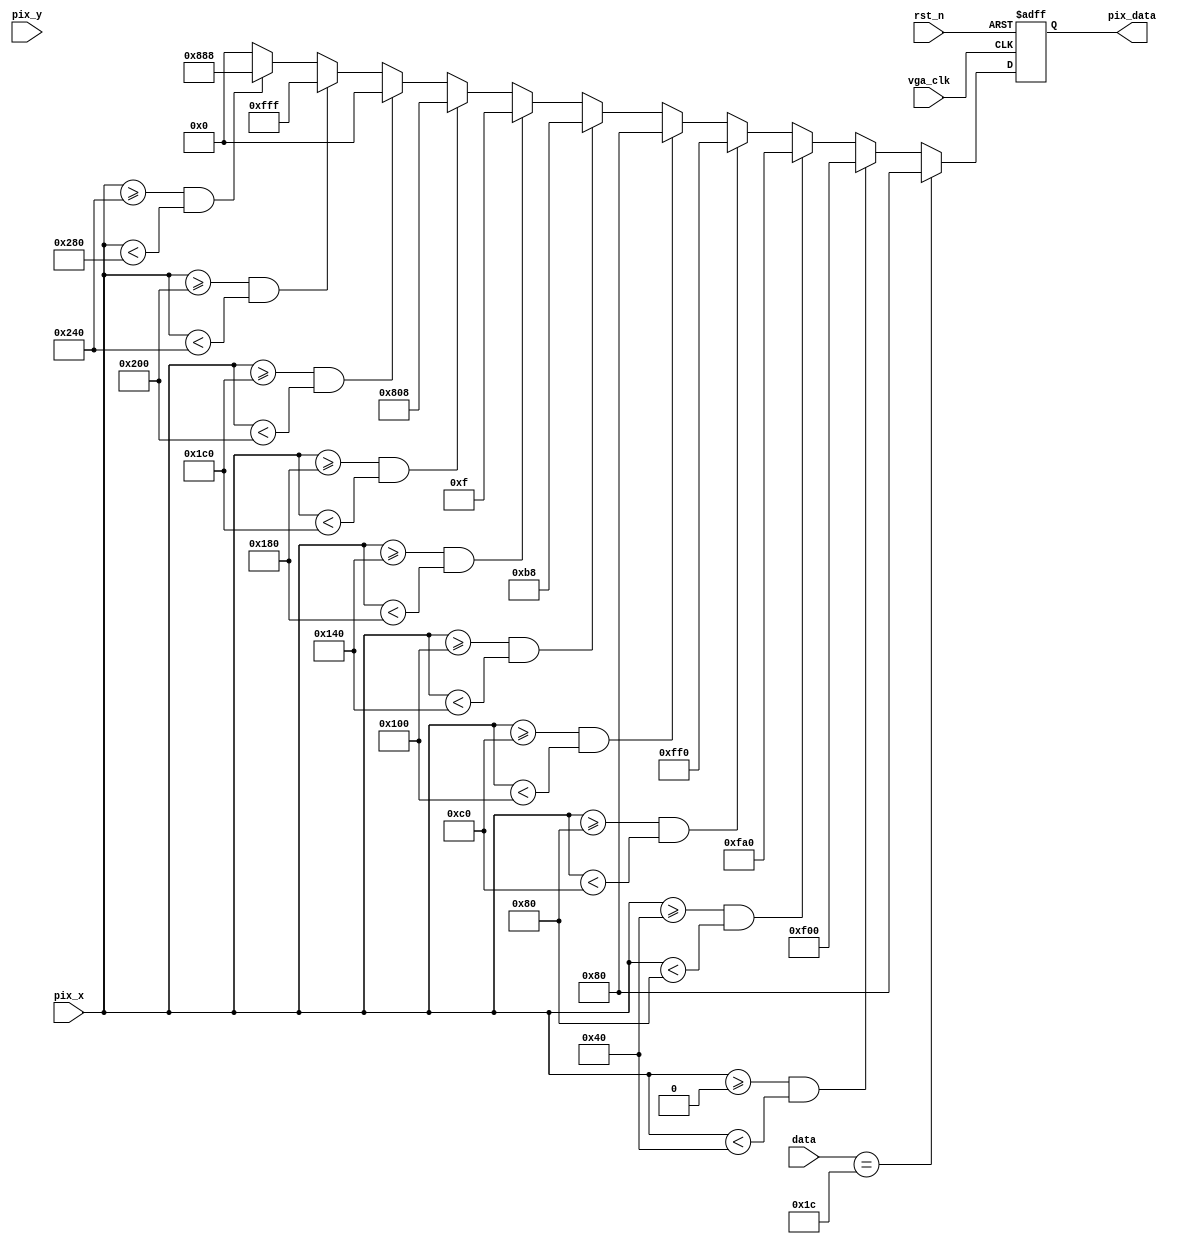
`timescale 1ns / 1ps

module vga_pic (
    input             vga_clk,
    input             rst_n,
    input      [ 9:0] pix_x,
    input      [ 9:0] pix_y,    // no used
    input      [ 7:0] data,
    output reg [11:0] pix_data
);

  localparam H_VALID = 10'd640;
  localparam V_VALID = 10'd480;
  localparam RED = 12'hF00;
  localparam ORANGE = 12'hFA0;  //FFA500
  localparam YELLOW = 12'hFF0;
  localparam GREEN = 12'h080;  // 008000
  localparam CYAN = 12'h0B8;  //0DBF8C
  localparam BLUE = 12'h00F;
  localparam PURPLE = 12'h808;  // 800080
  localparam BLACK = 12'h000;
  localparam WHITE = 12'hFFF;
  localparam GRAY = 12'h888;  // 808080

  always @(posedge vga_clk or negedge rst_n)
    if (rst_n == 1'b0) pix_data <= 12'd0;
    else if (data == 8'h1C) pix_data <= GREEN;
    else if ((pix_x >= 0) && (pix_x < (H_VALID / 10) * 1)) pix_data <= RED;
    else if ((pix_x >= (H_VALID / 10) * 1) && (pix_x < (H_VALID / 10) * 2)) pix_data <= ORANGE;
    else if ((pix_x >= (H_VALID / 10) * 2) && (pix_x < (H_VALID / 10) * 3)) pix_data <= YELLOW;
    else if ((pix_x >= (H_VALID / 10) * 3) && (pix_x < (H_VALID / 10) * 4)) pix_data <= GREEN;
    else if ((pix_x >= (H_VALID / 10) * 4) && (pix_x < (H_VALID / 10) * 5)) pix_data <= CYAN;
    else if ((pix_x >= (H_VALID / 10) * 5) && (pix_x < (H_VALID / 10) * 6)) pix_data <= BLUE;
    else if ((pix_x >= (H_VALID / 10) * 6) && (pix_x < (H_VALID / 10) * 7)) pix_data <= PURPLE;
    else if ((pix_x >= (H_VALID / 10) * 7) && (pix_x < (H_VALID / 10) * 8)) pix_data <= BLACK;
    else if ((pix_x >= (H_VALID / 10) * 8) && (pix_x < (H_VALID / 10) * 9)) pix_data <= WHITE;
    else if ((pix_x >= (H_VALID / 10) * 9) && (pix_x < H_VALID)) pix_data <= GRAY;
    else pix_data <= BLACK;

endmodule